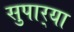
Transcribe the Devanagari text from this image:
सुपार्‍या